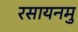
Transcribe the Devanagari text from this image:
रसायनमु